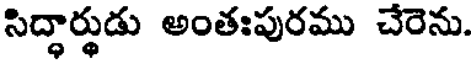
సిద్ధార్థుడు అంతఃపురము చేరెను.